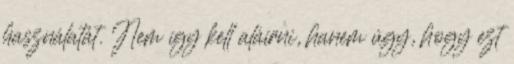
használatát. Nem így kell aláírni, hanem úgy, hogy ezt